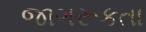
જાગરૂકતા